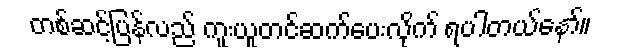
တစ်ဆင့်ပြန်လည် ကူးယူတင်ဆက်ပေးလိုက် ရပါတယ်နော်။